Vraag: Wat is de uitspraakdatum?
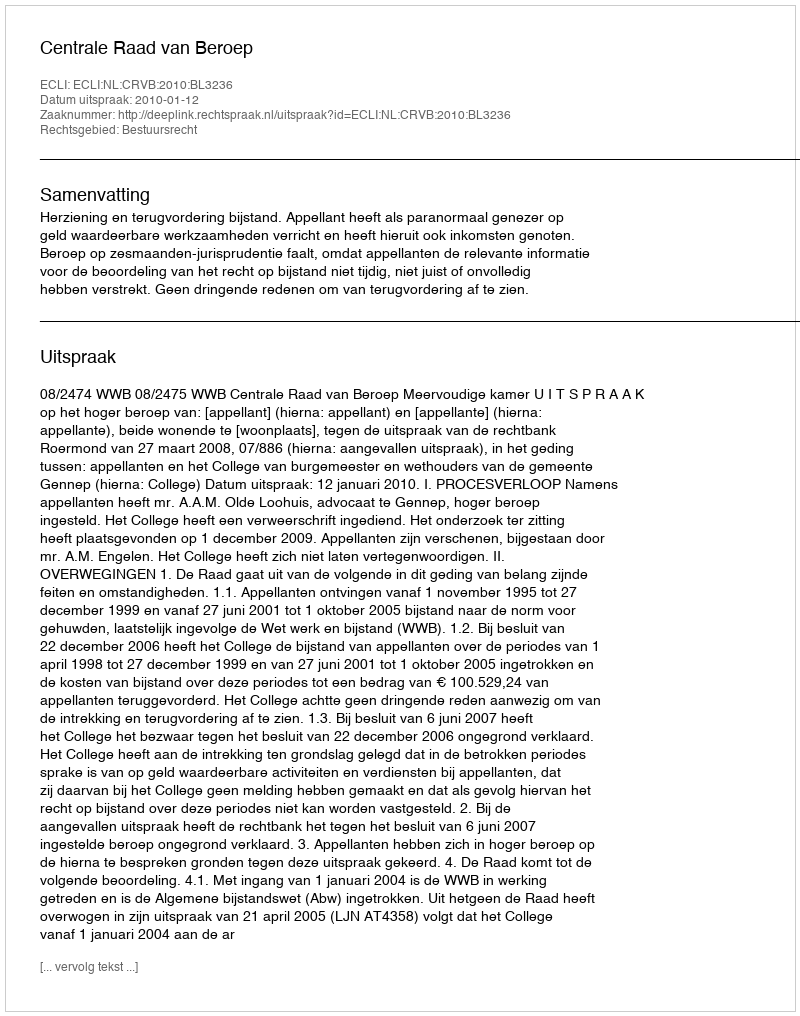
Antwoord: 2010-01-12